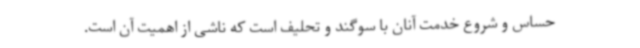
حساس و شروع خدمت آنان با سوگند و تحلیف است که ناشی از اهمیت آن است.